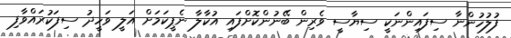
ފުލުހުންނާ ސިފައިންނަކީ ސިޔާސީ ވެރިން ބޭނުންކޮށްފައި އުކާލާ ނެޕީކަމަށް އަލީ ވަހީދު ސިފަކުރައްވާފި